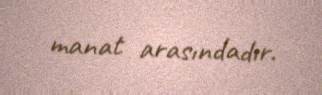
manat arasındadır.